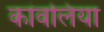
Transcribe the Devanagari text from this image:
कांवलिया